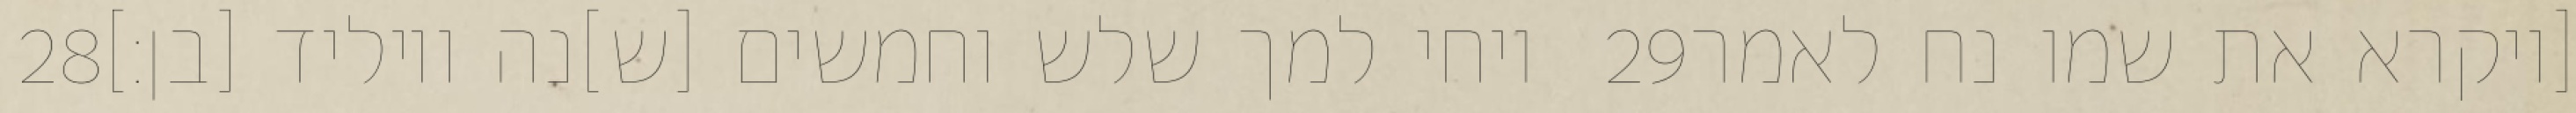
‎28‏ ויחי למך שלש וחמשים [ש]נה ויוליד [בן׃] ‎29‏ [ויקרא את שמו נח לאמר